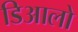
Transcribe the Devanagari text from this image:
डिआलो